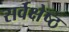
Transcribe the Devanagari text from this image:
सर्वक्षेष्ठ